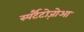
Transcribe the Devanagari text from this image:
स्पर्टैटोज़ोआ